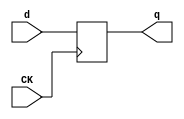
//# 17 inputs
//# 5 outputs
//# 74 D-type flipflops
//# 167 inverters
//# 490 gates (197 ANDs + 64 NANDs + 137 ORs + 92 NORs)

module dff(CK,q,d);
input CK,d;
output reg q;
always @ (posedge CK)
q<=d;
endmodule

module s1423(GND,VDD,CK,G0,G1,G10,G11,G12,G13,G14,G15,G16,G2,G3,G4,G5,G6,G7,
  G701BF,G702,G726,G727,G729,G8,G9);
input GND,VDD,CK,G0,G1,G2,G3,G4,G5,G6,G7,G8,G9,G10,G11,G12,G13,G14,G15,G16;
output G726,G729,G702,G727,G701BF;

  wire G22,G332BF,G23,G328BF,G24,G109,G25,G113,G26,G118,G27,G125,G28,G129,G29,
    G140,G30,G144,G31,G149,G32,G154,G33,G159,G34,G166,G35,G175,G36,G189,G37,
    G193,G38,G198,G39,G208,G40,G214,G41,G218,G42,G237,G43,G242,G44,G247,G45,
    G252,G46,G260,G47,G303,G48,G309,G49,G315,G50,G321,G51,G360,G52,G365,G53,
    G373,G54,G379,G55,G384,G56,G392,G57,G397,G58,G405,G59,G408,G60,G416,G61,
    G424,G62,G427,G63,G438,G64,G441,G65,G447,G66,G451,G67,G459,G68,G464,G69,
    G469,G70,G477,G71,G494,G72,G498,G73,G503,G74,G526,G75,G531,G76,G536,G77,
    G541,G78,G548,G79,G565,G80,G569,G81,G573,G82,G577,G83,G590,G84,G608,G85,
    G613,G86,G657,G87,G663,G88,G669,G89,G675,G90,G682,G91,G687,G92,G693,G93,
    G705,G94,G707,G95,G713,II1,G332,II12,G328,G108,G712,G111,G112,G117,G124,
    G127,G128,G139,G142,G143,G148,G153,G158,G165,G174,G176,G178,G179,G180,G188,
    G191,G192,G197,G204,G207,G210,G213,G216,G217,G236,G259,G241,G246,G251,G258,
    G296,G297,G302,G305,G324,G308,G311,G314,G317,G320,G323,G336,G355,G339,G343,
    G348,G347,G351,G645,G354,G359,G372,G364,G371,G378,G391,G383,G390,G396,G404,
    G403,G407,G415,G423,G422,G426,G437,G440,G445,G446,G449,G450,G455,G456,G458,
    G476,G463,G468,G475,G486,G491,G500,G495,G499,G504,G511,G507,G510,G525,G589,
    G530,G535,G540,G547,G562,G610,G566,G570,G574,G588,G595,G593,G596,G597,G600,
    G601,G605,G609,G614,G615,G616,G617,G620,G623,G626,G629,G632,G635,G638,G641,
    G644,G656,G658,G659,II1162,G661,G662,G665,G678,G668,G671,G674,G677,II1183,
    G685,G696,G689,G695,II1203,G701,II1211,G704,G706,G711,G714,II1227,G715,
    II1230,G716,II1233,G717,II1236,G718,II1239,G719,II1242,G720,II1245,G721,
    II1248,G722,II1251,G723,II1254,G724,II1257,G725,II1260,II1264,G728,II1267,
    G101,G630,G631,G102,G633,G634,G103,G636,G637,G104,G639,G640,G105,G642,G643,
    G106,G114,G116,G133,G119,G121,G134,G122,G130,G132,G136,G700,G135,G137,G145,
    G147,G168,G150,G152,G169,G155,G157,G170,G160,G162,G171,G163,G177,G172,G173,
    G185,G181,G182,G186,G194,G196,G202,G199,G201,G203,G522,G205,G211,G219,G221,
    G223,G222,G183,G224,G225,G226,G227,G228,G229,G432,G238,G240,G299,G243,G245,
    G262,G248,G250,G263,G253,G255,G264,G624,G625,G256,G261,G265,G271,G275,G266,
    G272,G276,G277,G273,G278,G279,G274,G280,G281,G304,G306,G307,G310,G312,G313,
    G316,G318,G319,G322,G325,G326,G329,G331,G330,G335,G337,G338,G342,G344,G345,
    G346,G349,G350,G358,G523,G361,G363,G366,G368,G375,G369,G374,G376,G377,G380,
    G382,G385,G387,G394,G388,G393,G395,G398,G400,G401,G406,G412,G409,G411,G413,
    G414,G417,G419,G420,G425,G431,G428,G430,G433,G356,G357,G435,G340,G341,G436,
    G352,G353,G439,G442,G443,G448,G452,G453,G457,G460,G462,G434,G465,G467,G479,
    G470,G472,G480,G473,G478,G481,G488,G505,G506,G489,G508,G509,G490,G512,G513,
    G492,G493,G496,G497,G501,G502,G527,G529,G604,G532,G534,G550,G537,G539,G551,
    G542,G544,G552,G545,G549,G553,G563,G564,G567,G568,G571,G572,G575,G576,G627,
    G628,G591,G592,G594,G621,G622,G524,G606,G607,G611,G612,G648,G646,G647,G649,
    G618,G619,G650,G651,G652,G653,G654,G655,G664,G666,G667,G670,G672,G673,G676,
    G679,G680,G683,G684,G688,G690,G691,G694,G697,G698,G703,G230,G708,G709,G599,
    G110,G126,G141,G167,G184,G190,G209,G215,G235,G233,G267,G268,G269,G282,G283,
    G270,G291,G292,G293,G294,G295,G300,G333,G334,G301,G518,G519,G520,G521,G487,
    G554,G555,G583,G584,G585,G586,G587,G561,G602,G603,G96,G97,G98,G99,G100,
    G681,G699,G686,G692,G107,G123,G138,G164,G187,G206,G212,G234,G231,G232,G298,
    G286,G287,G288,G284,G285,G289,G290,G482,G514,G483,G515,G484,G516,G485,G517,
    G556,G557,G558,G559,G560,G578,G579,G580,G581,G582,G598,G115,G120,G131,G146,
    G151,G156,G161,G195,G200,G220,G239,G244,G249,G254,G257,G327,G362,G367,G370,
    G381,G386,G389,G399,G402,G410,G418,G421,G429,G444,G454,G461,G466,G471,G474,
    G528,G533,G538,G543,G546,G660,G710;

  dff DFF_0(CK,G22,G332BF);
  dff DFF_1(CK,G23,G328BF);
  dff DFF_2(CK,G24,G109);
  dff DFF_3(CK,G25,G113);
  dff DFF_4(CK,G26,G118);
  dff DFF_5(CK,G27,G125);
  dff DFF_6(CK,G28,G129);
  dff DFF_7(CK,G29,G140);
  dff DFF_8(CK,G30,G144);
  dff DFF_9(CK,G31,G149);
  dff DFF_10(CK,G32,G154);
  dff DFF_11(CK,G33,G159);
  dff DFF_12(CK,G34,G166);
  dff DFF_13(CK,G35,G175);
  dff DFF_14(CK,G36,G189);
  dff DFF_15(CK,G37,G193);
  dff DFF_16(CK,G38,G198);
  dff DFF_17(CK,G39,G208);
  dff DFF_18(CK,G40,G214);
  dff DFF_19(CK,G41,G218);
  dff DFF_20(CK,G42,G237);
  dff DFF_21(CK,G43,G242);
  dff DFF_22(CK,G44,G247);
  dff DFF_23(CK,G45,G252);
  dff DFF_24(CK,G46,G260);
  dff DFF_25(CK,G47,G303);
  dff DFF_26(CK,G48,G309);
  dff DFF_27(CK,G49,G315);
  dff DFF_28(CK,G50,G321);
  dff DFF_29(CK,G51,G360);
  dff DFF_30(CK,G52,G365);
  dff DFF_31(CK,G53,G373);
  dff DFF_32(CK,G54,G379);
  dff DFF_33(CK,G55,G384);
  dff DFF_34(CK,G56,G392);
  dff DFF_35(CK,G57,G397);
  dff DFF_36(CK,G58,G405);
  dff DFF_37(CK,G59,G408);
  dff DFF_38(CK,G60,G416);
  dff DFF_39(CK,G61,G424);
  dff DFF_40(CK,G62,G427);
  dff DFF_41(CK,G63,G438);
  dff DFF_42(CK,G64,G441);
  dff DFF_43(CK,G65,G447);
  dff DFF_44(CK,G66,G451);
  dff DFF_45(CK,G67,G459);
  dff DFF_46(CK,G68,G464);
  dff DFF_47(CK,G69,G469);
  dff DFF_48(CK,G70,G477);
  dff DFF_49(CK,G71,G494);
  dff DFF_50(CK,G72,G498);
  dff DFF_51(CK,G73,G503);
  dff DFF_52(CK,G74,G526);
  dff DFF_53(CK,G75,G531);
  dff DFF_54(CK,G76,G536);
  dff DFF_55(CK,G77,G541);
  dff DFF_56(CK,G78,G548);
  dff DFF_57(CK,G79,G565);
  dff DFF_58(CK,G80,G569);
  dff DFF_59(CK,G81,G573);
  dff DFF_60(CK,G82,G577);
  dff DFF_61(CK,G83,G590);
  dff DFF_62(CK,G84,G608);
  dff DFF_63(CK,G85,G613);
  dff DFF_64(CK,G86,G657);
  dff DFF_65(CK,G87,G663);
  dff DFF_66(CK,G88,G669);
  dff DFF_67(CK,G89,G675);
  dff DFF_68(CK,G90,G682);
  dff DFF_69(CK,G91,G687);
  dff DFF_70(CK,G92,G693);
  dff DFF_71(CK,G93,G705);
  dff DFF_72(CK,G94,G707);
  dff DFF_73(CK,G95,G713);
  not NOT_0(II1,G332);
  not NOT_1(G332BF,II1);
  not NOT_2(II12,G328);
  not NOT_3(G328BF,II12);
  not NOT_4(G108,G712);
  not NOT_5(G111,G24);
  not NOT_6(G112,G712);
  not NOT_7(G117,G712);
  not NOT_8(G124,G712);
  not NOT_9(G127,G27);
  not NOT_10(G128,G712);
  not NOT_11(G139,G712);
  not NOT_12(G142,G29);
  not NOT_13(G143,G712);
  not NOT_14(G148,G712);
  not NOT_15(G153,G712);
  not NOT_16(G158,G712);
  not NOT_17(G165,G712);
  not NOT_18(G174,G712);
  not NOT_19(G176,G35);
  not NOT_20(G178,G34);
  not NOT_21(G179,G180);
  not NOT_22(G180,G92);
  not NOT_23(G188,G712);
  not NOT_24(G191,G36);
  not NOT_25(G192,G712);
  not NOT_26(G197,G712);
  not NOT_27(G204,G38);
  not NOT_28(G207,G712);
  not NOT_29(G210,G39);
  not NOT_30(G213,G712);
  not NOT_31(G216,G40);
  not NOT_32(G217,G712);
  not NOT_33(G236,G259);
  not NOT_34(G241,G259);
  not NOT_35(G246,G259);
  not NOT_36(G251,G259);
  not NOT_37(G258,G259);
  not NOT_38(G296,G297);
  not NOT_39(G302,G712);
  not NOT_40(G305,G324);
  not NOT_41(G308,G712);
  not NOT_42(G311,G324);
  not NOT_43(G314,G712);
  not NOT_44(G317,G324);
  not NOT_45(G320,G712);
  not NOT_46(G323,G324);
  not NOT_47(G336,G355);
  not NOT_48(G339,G355);
  not NOT_49(G343,G348);
  not NOT_50(G347,G348);
  not NOT_51(G348,G91);
  not NOT_52(G351,G645);
  not NOT_53(G354,G355);
  not NOT_54(G359,G372);
  not NOT_55(G364,G372);
  not NOT_56(G371,G372);
  not NOT_57(G378,G391);
  not NOT_58(G383,G391);
  not NOT_59(G390,G391);
  not NOT_60(G396,G404);
  not NOT_61(G403,G404);
  not NOT_62(G407,G712);
  not NOT_63(G415,G423);
  not NOT_64(G422,G423);
  not NOT_65(G426,G712);
  not NOT_66(G437,G712);
  not NOT_67(G440,G712);
  not NOT_68(G445,G65);
  not NOT_69(G446,G712);
  not NOT_70(G449,G66);
  not NOT_71(G450,G712);
  not NOT_72(G455,G456);
  not NOT_73(G458,G476);
  not NOT_74(G463,G476);
  not NOT_75(G468,G476);
  not NOT_76(G475,G476);
  not NOT_77(G486,G712);
  not NOT_78(G491,G500);
  not NOT_79(G495,G500);
  not NOT_80(G499,G500);
  not NOT_81(G504,G511);
  not NOT_82(G507,G511);
  not NOT_83(G510,G511);
  not NOT_84(G511,G63);
  not NOT_85(G525,G589);
  not NOT_86(G530,G589);
  not NOT_87(G535,G589);
  not NOT_88(G540,G589);
  not NOT_89(G547,G589);
  not NOT_90(G562,G610);
  not NOT_91(G566,G610);
  not NOT_92(G570,G610);
  not NOT_93(G574,G610);
  not NOT_94(G588,G589);
  not NOT_95(G595,G593);
  not NOT_96(G596,G597);
  not NOT_97(G600,G601);
  not NOT_98(G605,G610);
  not NOT_99(G609,G610);
  not NOT_100(G614,G64);
  not NOT_101(G615,G616);
  not NOT_102(G617,G645);
  not NOT_103(G620,G645);
  not NOT_104(G623,G645);
  not NOT_105(G626,G645);
  not NOT_106(G629,G645);
  not NOT_107(G632,G645);
  not NOT_108(G635,G645);
  not NOT_109(G638,G645);
  not NOT_110(G641,G645);
  not NOT_111(G644,G645);
  not NOT_112(G645,G90);
  not NOT_113(G656,G712);
  not NOT_114(G658,G659);
  not NOT_115(II1162,G13);
  not NOT_116(G659,II1162);
  not NOT_117(G661,G94);
  not NOT_118(G662,G712);
  not NOT_119(G665,G678);
  not NOT_120(G668,G712);
  not NOT_121(G671,G678);
  not NOT_122(G674,G712);
  not NOT_123(G677,G678);
  not NOT_124(II1183,G11);
  not NOT_125(G678,II1183);
  not NOT_126(G685,G696);
  not NOT_127(G689,G696);
  not NOT_128(G695,G696);
  not NOT_129(II1203,G10);
  not NOT_130(G696,II1203);
  not NOT_131(G701,G15);
  not NOT_132(II1211,G701);
  not NOT_133(G701BF,II1211);
  not NOT_134(G704,G712);
  not NOT_135(G706,G712);
  not NOT_136(G711,G712);
  not NOT_137(G712,G14);
  not NOT_138(G714,G701);
  not NOT_139(II1227,G6);
  not NOT_140(G715,II1227);
  not NOT_141(II1230,G7);
  not NOT_142(G716,II1230);
  not NOT_143(II1233,G8);
  not NOT_144(G717,II1233);
  not NOT_145(II1236,G9);
  not NOT_146(G718,II1236);
  not NOT_147(II1239,G12);
  not NOT_148(G719,II1239);
  not NOT_149(II1242,G0);
  not NOT_150(G720,II1242);
  not NOT_151(II1245,G1);
  not NOT_152(G721,II1245);
  not NOT_153(II1248,G2);
  not NOT_154(G722,II1248);
  not NOT_155(II1251,G3);
  not NOT_156(G723,II1251);
  not NOT_157(II1254,G4);
  not NOT_158(G724,II1254);
  not NOT_159(II1257,G5);
  not NOT_160(G725,II1257);
  not NOT_161(II1260,G93);
  not NOT_162(G726,II1260);
  not NOT_163(II1264,G16);
  not NOT_164(G728,II1264);
  not NOT_165(II1267,G95);
  not NOT_166(G729,II1267);
  and AND2_0(G101,G630,G631);
  and AND2_1(G102,G633,G634);
  and AND2_2(G103,G636,G637);
  and AND2_3(G104,G639,G640);
  and AND2_4(G105,G642,G643);
  and AND2_5(G109,G106,G108);
  and AND2_6(G113,G114,G112);
  and AND2_7(G116,G133,G25);
  and AND2_8(G118,G119,G117);
  and AND2_9(G121,G134,G26);
  and AND2_10(G125,G122,G124);
  and AND2_11(G129,G130,G128);
  and AND2_12(G132,G136,G28);
  and AND2_13(G133,G700,G111);
  and AND2_14(G134,G133,G25);
  and AND2_15(G135,G134,G26);
  and AND2_16(G136,G135,G127);
  and AND2_17(G140,G137,G139);
  and AND2_18(G144,G145,G143);
  and AND2_19(G147,G168,G30);
  and AND2_20(G149,G150,G148);
  and AND2_21(G152,G169,G31);
  and AND2_22(G154,G155,G153);
  and AND2_23(G157,G170,G32);
  and AND2_24(G159,G160,G158);
  and AND2_25(G162,G171,G33);
  and AND2_26(G166,G163,G165);
  and AND2_27(G168,G177,G142);
  and AND2_28(G169,G168,G30);
  and AND2_29(G170,G169,G31);
  and AND2_30(G171,G170,G32);
  and AND2_31(G172,G171,G33);
  and AND2_32(G173,G172,G34);
  and AND2_33(G175,G176,G174);
  and AND2_34(G185,G181,G182);
  and AND2_35(G189,G186,G188);
  and AND2_36(G193,G194,G192);
  and AND2_37(G196,G202,G37);
  and AND2_38(G198,G199,G197);
  and AND2_39(G201,G203,G38);
  and AND2_40(G202,G522,G191);
  and AND2_41(G203,G202,G37);
  and AND2_42(G208,G205,G207);
  and AND2_43(G214,G211,G213);
  and AND2_44(G218,G219,G217);
  and AND2_45(G221,G223,G41);
  and AND2_46(G222,G183,G210);
  and AND2_47(G223,G222,G216);
  and AND2_48(G224,G203,G38);
  and AND2_49(G225,G204,G203);
  and AND2_50(G226,G136,G28);
  and AND2_51(G227,G172,G178);
  and AND2_52(G228,G223,G41);
  and AND2_53(G229,G432,G62);
  and AND2_54(G237,G238,G236);
  and AND2_55(G240,G299,G42);
  and AND2_56(G242,G243,G241);
  and AND2_57(G245,G262,G43);
  and AND2_58(G247,G248,G246);
  and AND2_59(G250,G263,G44);
  and AND2_60(G252,G253,G251);
  and AND2_61(G255,G264,G45);
  and AND2_62(G259,G624,G625);
  and AND2_63(G260,G256,G258);
  and AND2_64(G261,G265,G46);
  and AND2_65(G262,G299,G42);
  and AND2_66(G263,G262,G43);
  and AND2_67(G264,G263,G44);
  and AND2_68(G265,G264,G45);
  and AND2_69(G271,G275,G266);
  and AND2_70(G272,G276,G277);
  and AND2_71(G273,G278,G279);
  and AND2_72(G274,G280,G281);
  and AND2_73(G303,G304,G302);
  and AND2_74(G304,G306,G307);
  and AND2_75(G309,G310,G308);
  and AND2_76(G310,G312,G313);
  and AND2_77(G315,G316,G314);
  and AND2_78(G316,G318,G319);
  and AND2_79(G321,G322,G320);
  and AND2_80(G322,G325,G326);
  and AND2_81(G329,G331,G714);
  and AND2_82(G330,G332,G714);
  and AND2_83(G335,G337,G338);
  and AND2_84(G342,G344,G345);
  and AND2_85(G346,G349,G350);
  and AND2_86(G358,G523,G53);
  and AND2_87(G360,G361,G359);
  and AND2_88(G363,G523,G51);
  and AND2_89(G365,G366,G364);
  and AND2_90(G368,G375,G52);
  and AND2_91(G373,G369,G371);
  and AND2_92(G374,G376,G53);
  and AND2_93(G375,G523,G51);
  and AND2_94(G376,G375,G52);
  and AND3_0(G377,G183,G54,G56);
  and AND2_95(G379,G380,G378);
  and AND2_96(G382,G183,G54);
  and AND2_97(G384,G385,G383);
  and AND2_98(G387,G394,G55);
  and AND2_99(G392,G388,G390);
  and AND2_100(G393,G395,G56);
  and AND2_101(G394,G183,G54);
  and AND2_102(G395,G394,G55);
  and AND2_103(G397,G398,G396);
  and AND2_104(G400,G335,G57);
  and AND2_105(G405,G401,G403);
  and AND2_106(G406,G412,G58);
  and AND2_107(G408,G409,G407);
  and AND2_108(G411,G413,G59);
  and AND2_109(G412,G335,G57);
  and AND2_110(G413,G335,G58);
  and AND2_111(G414,G413,G59);
  and AND2_112(G416,G417,G415);
  and AND2_113(G419,G358,G60);
  and AND2_114(G424,G420,G422);
  and AND2_115(G425,G431,G61);
  and AND2_116(G427,G428,G426);
  and AND2_117(G430,G432,G62);
  and AND2_118(G431,G358,G60);
  and AND2_119(G432,G358,G61);
  and AND2_120(G433,G356,G357);
  and AND2_121(G435,G340,G341);
  and AND2_122(G436,G352,G353);
  and AND2_123(G438,G439,G437);
  and AND2_124(G441,G442,G440);
  and AND2_125(G443,G615,G511);
  and AND2_126(G447,G448,G446);
  and AND2_127(G451,G452,G450);
  and AND2_128(G453,G615,G445);
  and AND3_1(G457,G455,G449,G728);
  and AND2_129(G459,G460,G458);
  and AND2_130(G462,G434,G67);
  and AND2_131(G464,G465,G463);
  and AND2_132(G467,G479,G68);
  and AND2_133(G469,G470,G468);
  and AND2_134(G472,G480,G69);
  and AND2_135(G477,G473,G475);
  and AND2_136(G478,G481,G70);
  and AND2_137(G479,G434,G67);
  and AND2_138(G480,G479,G68);
  and AND2_139(G481,G480,G69);
  and AND2_140(G488,G505,G506);
  and AND2_141(G489,G508,G509);
  and AND2_142(G490,G512,G513);
  and AND2_143(G494,G492,G493);
  and AND2_144(G498,G496,G497);
  and AND2_145(G503,G501,G502);
  and AND2_146(G526,G527,G525);
  and AND2_147(G529,G604,G74);
  and AND2_148(G531,G532,G530);
  and AND2_149(G534,G550,G75);
  and AND2_150(G536,G537,G535);
  and AND2_151(G539,G551,G76);
  and AND2_152(G541,G542,G540);
  and AND2_153(G544,G552,G77);
  and AND2_154(G548,G545,G547);
  and AND2_155(G549,G553,G78);
  and AND2_156(G550,G604,G74);
  and AND2_157(G551,G550,G75);
  and AND2_158(G552,G551,G76);
  and AND2_159(G553,G552,G77);
  and AND2_160(G565,G563,G564);
  and AND2_161(G569,G567,G568);
  and AND2_162(G573,G571,G572);
  and AND2_163(G577,G575,G576);
  and AND2_164(G589,G627,G628);
  and AND2_165(G590,G591,G588);
  and AND2_166(G592,G594,G595);
  and AND2_167(G601,G621,G622);
  and AND2_168(G604,G433,G524);
  and AND2_169(G608,G606,G607);
  and AND2_170(G613,G611,G612);
  and AND2_171(G648,G646,G647);
  and AND2_172(G649,G618,G619);
  and AND2_173(G650,G226,G661);
  and AND2_174(G651,G227,G87);
  and AND2_175(G652,G228,G88);
  and AND2_176(G653,G229,G89);
  and AND2_177(G654,G90,G476);
  and AND2_178(G655,G91,G476);
  and AND2_179(G657,G659,G656);
  and AND2_180(G663,G664,G662);
  and AND2_181(G664,G666,G667);
  and AND2_182(G669,G670,G668);
  and AND2_183(G670,G672,G673);
  and AND2_184(G675,G676,G674);
  and AND2_185(G676,G679,G680);
  and AND2_186(G683,G684,G685);
  and AND2_187(G688,G690,G691);
  and AND2_188(G694,G697,G698);
  and AND2_189(G702,G703,G645);
  and AND2_190(G705,G230,G704);
  and AND2_191(G707,G708,G706);
  and AND2_192(G709,G678,G89);
  and AND2_193(G713,G599,G711);
  and AND2_194(G727,G476,G645);
  or OR2_0(G110,G700,G111);
  or OR2_1(G126,G135,G127);
  or OR2_2(G141,G177,G142);
  or OR2_3(G167,G172,G178);
  or OR2_4(G177,G180,G226);
  or OR2_5(G181,G178,G180);
  or OR2_6(G182,G35,G179);
  or OR2_7(G183,G180,G227);
  or OR2_8(G184,G180,G173);
  or OR2_9(G190,G522,G191);
  or OR2_10(G209,G183,G210);
  or OR2_11(G215,G222,G216);
  or OR2_12(G235,G649,G233);
  or OR2_13(G275,G101,G42);
  or OR2_14(G276,G102,G43);
  or OR2_15(G277,G267,G271);
  or OR2_16(G278,G103,G44);
  or OR2_17(G279,G268,G272);
  or OR2_18(G280,G104,G45);
  or OR2_19(G281,G269,G273);
  or OR2_20(G282,G105,G46);
  or OR2_21(G283,G270,G274);
  or OR2_22(G291,G42,G101);
  or OR2_23(G292,G43,G102);
  or OR2_24(G293,G44,G103);
  or OR2_25(G294,G45,G104);
  or OR2_26(G295,G46,G105);
  or OR4_0(G300,G50,G49,G48,G47);
  or OR2_27(G306,G47,G324);
  or OR2_28(G307,G719,G305);
  or OR2_29(G312,G48,G324);
  or OR2_30(G313,G47,G311);
  or OR2_31(G318,G49,G324);
  or OR2_32(G319,G48,G317);
  or OR2_33(G324,G377,G348);
  or OR2_34(G325,G50,G324);
  or OR2_35(G326,G49,G323);
  or OR2_36(G333,G300,G714);
  or OR2_37(G334,G301,G714);
  or OR2_38(G337,G224,G355);
  or OR2_39(G338,G183,G336);
  or OR2_40(G340,G38,G355);
  or OR2_41(G341,G185,G339);
  or OR2_42(G344,G229,G348);
  or OR2_43(G345,G414,G343);
  or OR2_44(G349,G62,G348);
  or OR2_45(G350,G59,G347);
  or OR2_46(G352,G346,G645);
  or OR2_47(G353,G35,G351);
  or OR2_48(G355,G457,G645);
  or OR2_49(G356,G225,G355);
  or OR2_50(G357,G184,G354);
  or OR2_51(G372,G712,G358);
  or OR2_52(G391,G712,G377);
  or OR2_53(G404,G712,G413);
  or OR2_54(G423,G712,G432);
  or OR2_55(G434,G342,G645);
  or OR2_56(G439,G435,G63);
  or OR2_57(G448,G615,G65);
  or OR2_58(G456,G83,G524);
  or OR2_59(G492,G71,G500);
  or OR2_60(G493,G488,G491);
  or OR2_61(G496,G72,G500);
  or OR2_62(G497,G489,G495);
  or OR2_63(G500,G654,G712);
  or OR2_64(G501,G73,G500);
  or OR2_65(G502,G490,G499);
  or OR2_66(G505,G723,G511);
  or OR2_67(G506,G720,G504);
  or OR2_68(G508,G724,G511);
  or OR2_69(G509,G721,G507);
  or OR2_70(G512,G725,G511);
  or OR2_71(G513,G722,G510);
  or OR2_72(G518,G71,G67);
  or OR2_73(G519,G72,G68);
  or OR2_74(G520,G73,G69);
  or OR2_75(G521,G487,G70);
  or OR2_76(G522,G348,G228);
  or OR2_77(G523,G348,G414);
  or OR2_78(G524,G554,G555);
  or OR2_79(G563,G79,G610);
  or OR2_80(G564,G715,G562);
  or OR2_81(G567,G80,G610);
  or OR2_82(G568,G716,G566);
  or OR2_83(G571,G81,G610);
  or OR2_84(G572,G717,G570);
  or OR2_85(G575,G82,G610);
  or OR2_86(G576,G718,G574);
  or OR2_87(G583,G79,G74);
  or OR2_88(G584,G80,G75);
  or OR2_89(G585,G81,G76);
  or OR2_90(G586,G82,G77);
  or OR2_91(G587,G561,G78);
  or OR2_92(G591,G592,G604);
  or OR2_93(G594,G83,G593);
  or OR2_94(G602,G85,G601);
  or OR2_95(G603,G600,G84);
  or OR2_96(G606,G84,G610);
  or OR2_97(G607,G696,G605);
  or OR2_98(G610,G655,G712);
  or OR2_99(G611,G85,G610);
  or OR2_100(G612,G678,G609);
  or OR2_101(G618,G457,G645);
  or OR2_102(G619,G715,G617);
  or OR2_103(G621,G614,G645);
  or OR2_104(G622,G717,G620);
  or OR2_105(G624,G476,G645);
  or OR2_106(G625,G716,G623);
  or OR2_107(G627,G476,G645);
  or OR2_108(G628,G718,G626);
  or OR2_109(G630,G96,G645);
  or OR2_110(G631,G720,G629);
  or OR2_111(G633,G97,G645);
  or OR2_112(G634,G721,G632);
  or OR2_113(G636,G98,G645);
  or OR2_114(G637,G722,G635);
  or OR2_115(G639,G99,G645);
  or OR2_116(G640,G723,G638);
  or OR2_117(G642,G100,G645);
  or OR2_118(G643,G724,G641);
  or OR2_119(G646,G456,G645);
  or OR2_120(G647,G725,G644);
  or OR2_121(G666,G87,G678);
  or OR2_122(G667,G661,G665);
  or OR2_123(G672,G88,G678);
  or OR2_124(G673,G87,G671);
  or OR2_125(G679,G89,G678);
  or OR2_126(G680,G88,G677);
  or OR2_127(G682,G681,G699);
  or OR2_128(G684,G645,G696);
  or OR2_129(G687,G686,G699);
  or OR2_130(G690,G348,G696);
  or OR2_131(G691,G645,G689);
  or OR2_132(G693,G692,G699);
  or OR2_133(G697,G180,G696);
  or OR2_134(G698,G348,G695);
  or OR2_135(G699,G658,G712);
  nand NAND2_0(G96,G74,G596);
  nand NAND2_1(G97,G75,G596);
  nand NAND2_2(G98,G76,G596);
  nand NAND2_3(G99,G77,G596);
  nand NAND2_4(G100,G78,G596);
  nand NAND2_5(G106,G107,G110);
  nand NAND2_6(G107,G700,G111);
  nand NAND2_7(G122,G123,G126);
  nand NAND2_8(G123,G135,G127);
  nand NAND2_9(G137,G138,G141);
  nand NAND2_10(G138,G177,G142);
  nand NAND2_11(G163,G164,G167);
  nand NAND2_12(G164,G172,G178);
  nand NAND2_13(G186,G187,G190);
  nand NAND2_14(G187,G522,G191);
  nand NAND2_15(G205,G206,G209);
  nand NAND2_16(G206,G183,G210);
  nand NAND2_17(G211,G212,G215);
  nand NAND2_18(G212,G222,G216);
  nand NAND2_19(G230,G234,G235);
  nand NAND2_20(G231,G435,G648);
  nand NAND3_0(G232,G296,G298,G435);
  nand NAND3_1(G233,G700,G232,G231);
  nand NAND2_21(G234,G649,G436);
  nand NAND2_22(G266,G286,G291);
  nand NAND2_23(G267,G287,G292);
  nand NAND2_24(G268,G288,G293);
  nand NAND2_25(G269,G284,G294);
  nand NAND2_26(G270,G285,G295);
  nand NAND2_27(G284,G45,G104);
  nand NAND2_28(G285,G46,G105);
  nand NAND2_29(G286,G42,G101);
  nand NAND2_30(G287,G43,G102);
  nand NAND2_31(G288,G44,G103);
  nand NAND2_32(G297,G289,G290);
  nand NAND2_33(G298,G297,G700);
  nand NAND4_0(G301,G50,G49,G48,G47);
  nand NAND2_34(G331,G333,G22);
  nand NAND2_35(G332,G334,G331);
  nand NAND2_36(G476,G486,G616);
  nand NAND2_37(G482,G514,G518);
  nand NAND2_38(G483,G515,G519);
  nand NAND2_39(G484,G516,G520);
  nand NAND2_40(G485,G517,G521);
  nand NAND2_41(G514,G71,G67);
  nand NAND2_42(G515,G72,G68);
  nand NAND2_43(G516,G73,G69);
  nand NAND2_44(G517,G487,G70);
  nand NAND3_2(G554,G556,G557,G558);
  nand NAND2_45(G555,G559,G560);
  nand NAND2_46(G556,G578,G583);
  nand NAND2_47(G557,G579,G584);
  nand NAND2_48(G558,G580,G585);
  nand NAND2_49(G559,G581,G586);
  nand NAND2_50(G560,G582,G587);
  nand NAND2_51(G578,G79,G74);
  nand NAND2_52(G579,G80,G75);
  nand NAND2_53(G580,G81,G76);
  nand NAND2_54(G581,G82,G77);
  nand NAND2_55(G582,G561,G78);
  nand NAND2_56(G597,G602,G603);
  nand NAND2_57(G598,G435,G83);
  nand NAND4_1(G616,G482,G483,G484,G485);
  nand NAND2_58(G700,G282,G283);
  nor NOR2_0(G114,G115,G116);
  nor NOR2_1(G115,G133,G25);
  nor NOR2_2(G119,G120,G121);
  nor NOR2_3(G120,G134,G26);
  nor NOR2_4(G130,G131,G132);
  nor NOR2_5(G131,G136,G28);
  nor NOR2_6(G145,G146,G147);
  nor NOR2_7(G146,G168,G30);
  nor NOR2_8(G150,G151,G152);
  nor NOR2_9(G151,G169,G31);
  nor NOR2_10(G155,G156,G157);
  nor NOR2_11(G156,G170,G32);
  nor NOR2_12(G160,G161,G162);
  nor NOR2_13(G161,G171,G33);
  nor NOR2_14(G194,G195,G196);
  nor NOR2_15(G195,G202,G37);
  nor NOR2_16(G199,G200,G201);
  nor NOR2_17(G200,G203,G38);
  nor NOR2_18(G219,G220,G221);
  nor NOR2_19(G220,G223,G41);
  nor NOR2_20(G238,G239,G240);
  nor NOR2_21(G239,G299,G42);
  nor NOR2_22(G243,G244,G245);
  nor NOR2_23(G244,G262,G43);
  nor NOR2_24(G248,G249,G250);
  nor NOR2_25(G249,G263,G44);
  nor NOR2_26(G253,G254,G255);
  nor NOR2_27(G254,G264,G45);
  nor NOR2_28(G256,G257,G261);
  nor NOR2_29(G257,G265,G46);
  nor NOR3_0(G289,G270,G269,G268);
  nor NOR2_30(G290,G267,G266);
  nor NOR2_31(G299,G301,G328);
  nor NOR2_32(G327,G330,G23);
  nor NOR2_33(G328,G329,G327);
  nor NOR2_34(G361,G362,G363);
  nor NOR2_35(G362,G523,G51);
  nor NOR2_36(G366,G367,G368);
  nor NOR2_37(G367,G375,G52);
  nor NOR2_38(G369,G370,G374);
  nor NOR2_39(G370,G376,G53);
  nor NOR2_40(G380,G381,G382);
  nor NOR2_41(G381,G183,G54);
  nor NOR2_42(G385,G386,G387);
  nor NOR2_43(G386,G394,G55);
  nor NOR2_44(G388,G389,G393);
  nor NOR2_45(G389,G395,G56);
  nor NOR2_46(G398,G399,G400);
  nor NOR2_47(G399,G335,G57);
  nor NOR2_48(G401,G402,G406);
  nor NOR2_49(G402,G412,G58);
  nor NOR2_50(G409,G410,G411);
  nor NOR2_51(G410,G413,G59);
  nor NOR2_52(G417,G418,G419);
  nor NOR2_53(G418,G358,G60);
  nor NOR2_54(G420,G421,G425);
  nor NOR2_55(G421,G431,G61);
  nor NOR2_56(G428,G429,G430);
  nor NOR2_57(G429,G432,G62);
  nor NOR2_58(G442,G443,G444);
  nor NOR2_59(G444,G615,G64);
  nor NOR2_60(G452,G453,G454);
  nor NOR2_61(G454,G615,G66);
  nor NOR2_62(G460,G461,G462);
  nor NOR2_63(G461,G434,G67);
  nor NOR2_64(G465,G466,G467);
  nor NOR2_65(G466,G479,G68);
  nor NOR2_66(G470,G471,G472);
  nor NOR2_67(G471,G480,G69);
  nor NOR2_68(G473,G474,G478);
  nor NOR2_69(G474,G481,G70);
  nor NOR3_1(G487,G71,G72,G73);
  nor NOR2_70(G527,G528,G529);
  nor NOR2_71(G528,G604,G74);
  nor NOR2_72(G532,G533,G534);
  nor NOR2_73(G533,G550,G75);
  nor NOR2_74(G537,G538,G539);
  nor NOR2_75(G538,G551,G76);
  nor NOR2_76(G542,G543,G544);
  nor NOR2_77(G543,G552,G77);
  nor NOR2_78(G545,G546,G549);
  nor NOR2_79(G546,G553,G78);
  nor NOR4_0(G561,G79,G80,G81,G82);
  nor NOR2_80(G593,G435,G524);
  nor NOR2_81(G599,G598,G597);
  nor NOR2_82(G660,G658,G86);
  nor NOR2_83(G681,G683,G660);
  nor NOR2_84(G686,G688,G660);
  nor NOR2_85(G692,G694,G660);
  nor NOR4_1(G703,G650,G651,G652,G653);
  nor NOR2_86(G708,G709,G710);
  nor NOR2_87(G710,G678,G94);

endmodule